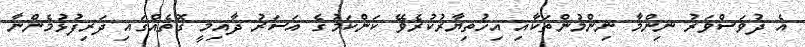
އެ ދުވަސްވަރު ނިންމާ ނިންމުންތަކާއި އިހުތިޔާރުކުރެވޭ ކަންކަމުގެ އަސަރު ދާއިމީ ގޮތެއްގައި ދަރިފުޅުމެންނާ